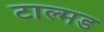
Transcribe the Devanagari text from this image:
टाल्मड